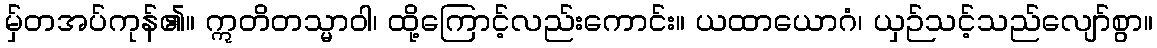
မှ်တအပ်ကုန်၏။ ဣတိတသ္မာဝါ၊ ထို့ကြောင့်လည်းကောင်း။ ယထာယောဂံ၊ ယှဉ်သင့်သည်လျော်စွာ။